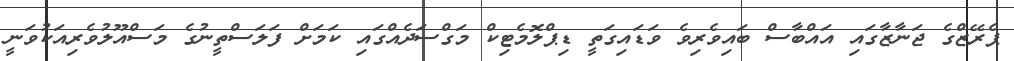
ޕެރޭޒްގެ ޖަނާޒާގައި އައްބާސް ބައިވެރިވެ ވަޑައިގަތީ ޑިޕްލޮމެޓިކް މަގްސަދެއްގައި ކަމަށް ފަލަސްތީނުގެ މަސްއޫލުވެރިއަކުވަނީ